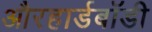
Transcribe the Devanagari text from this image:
औरहार्डबॉडी